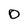
Character: 0